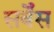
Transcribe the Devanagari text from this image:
सर्बेंस